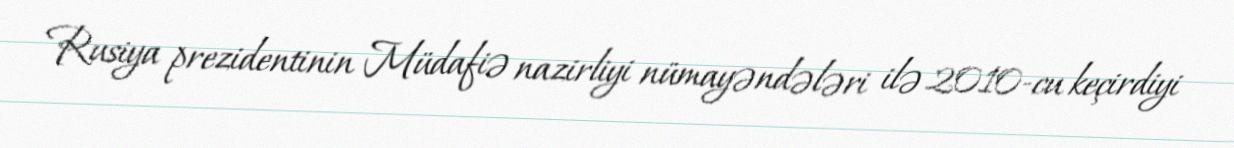
Rusiya prezidentinin Müdafiə nazirliyi nümayəndələri ilə 2010-cu keçirdiyi